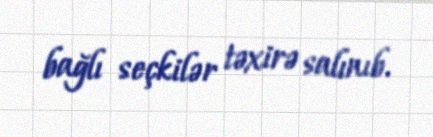
bağlı seçkilər təxirə salınıb.